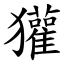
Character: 獾